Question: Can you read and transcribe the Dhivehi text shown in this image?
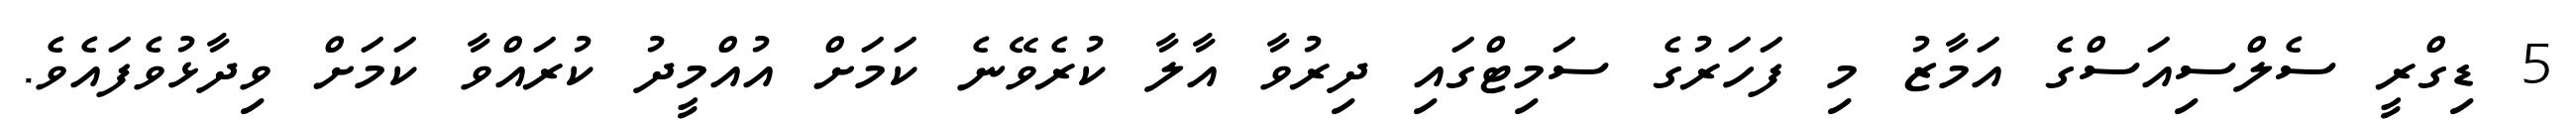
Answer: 5 ޑިގްރީ ސެލްސިއަސްގެ އަމާޒު މި ފަހަރުގެ ސަމިޓްގައި ދިރުވާ އާލާ ކުރެވޭނެ ކަމަށް އުއްމީދު ކުރައްވާ ކަމަށް ވިދާޅުވެފައެވެ.